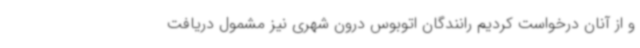
و از آنان درخواست کردیم رانندگان اتوبوس درون شهری نیز مشمول دریافت